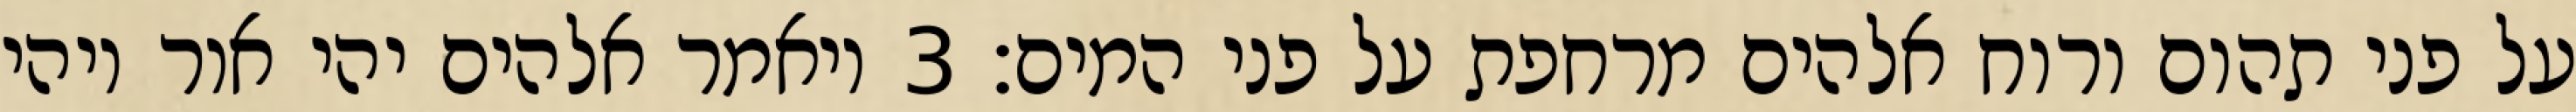
על פני תהום ורוח אלהים מרחפת על פני המים׃ ‎3‏ ויאמר אלהים יהי אור ויהי